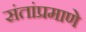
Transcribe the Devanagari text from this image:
संतांप्रमाणे